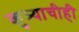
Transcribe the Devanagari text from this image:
कुत्र्याचीही